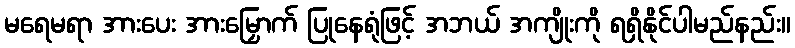
မရေမရာ အားပေး အားမြှောက် ပြုနေရုံဖြင့် အဘယ် အကျိုးကို ရရှိနိုင်ပါမည်နည်း။